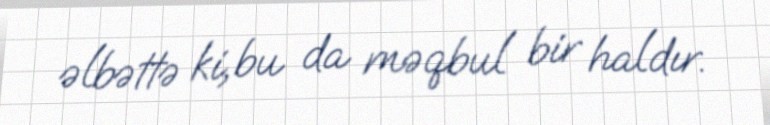
əlbəttə ki, bu da məqbul bir haldır.